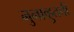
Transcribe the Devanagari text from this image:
नुनाव्हुतची